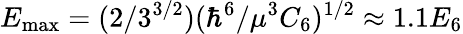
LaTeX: E_{\operatorname*{max}}=(2/3^{3/2})(\hbar^{6}/\mu^{3}C_{6})^{1/2}\approx 1.1E_{6}